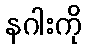
နဂါးကို